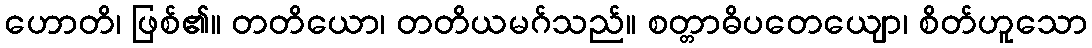
ဟောတိ၊ ဖြစ်၏။ တတိယော၊ တတိယမဂ်သည်။ စတ္တာဓိပတေယျော၊ စိတ်ဟူသော